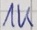
Text: 1K